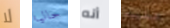
لا حاليا أنه عليه